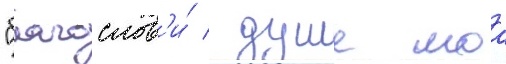
"благослов'и́ / душе моа